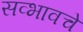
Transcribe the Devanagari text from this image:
सव्भावचे